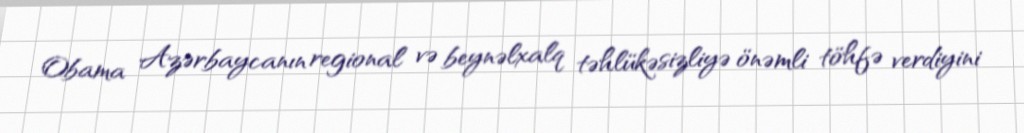
Obama Azərbaycanın regional və beynəlxalq təhlükəsizliyə önəmli töhfə verdiyini